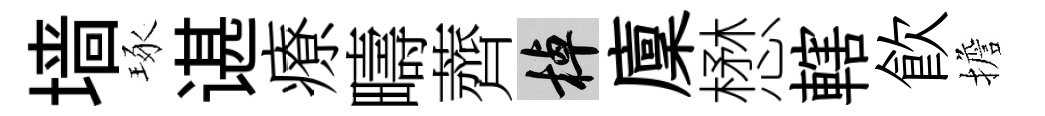
墙琢谌療疇薺棹廩懋轄飮擔